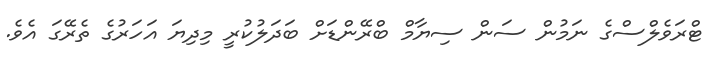
ޓްރަވެލްސްގެ ނަމުން ސަން ސިޔާމް ބްރޭންޑަށް ބަދަލުކުރީ މިދިޔަ އަހަރުގެ ތެރޭގަ އެވެ.